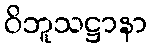
ဝိဘူသဋ္ဌာနာ